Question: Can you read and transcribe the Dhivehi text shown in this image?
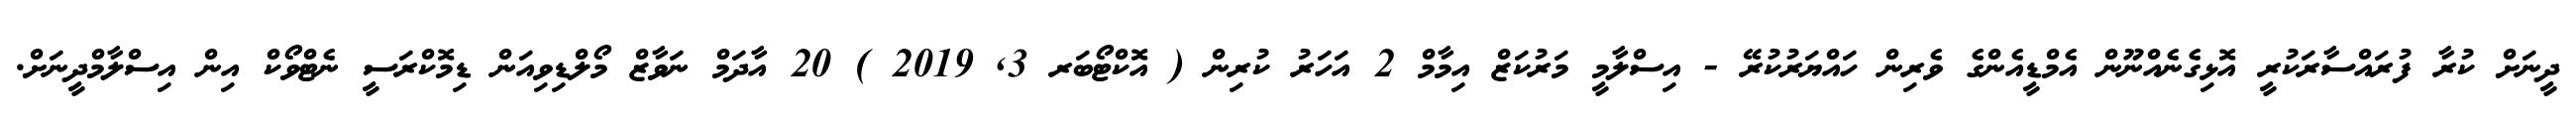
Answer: ދީނަށް ކުރާ ފުރައްސާރަކުރީ އޮޅިގެނެއްނޫން އެމްޑީއެންގެ ވެރިން ހައްޔަރުކުރޭ - އިސްލާމީ މަރުކަޒް އިމާމް 2 އަހަރު ކުރިން ( އޮކްޓޯބަރ 3, 2019 ) 20 އާދަމް ނަވާޒް މޯލްޑިވިއަން ޑިމޮކްރަސީ ނެޓްވޯކް އިން އިސްލާމްދީނަށް.